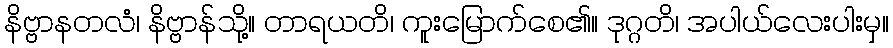
နိဗ္ဗာနတလံ၊ နိဗ္ဗာန်သို့။ တာရယတိ၊ ကူးမြောက်စေ၏။ ဒုဂ္ဂတိ၊ အပါယ်လေးပါးမှ။